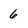
Character: 6